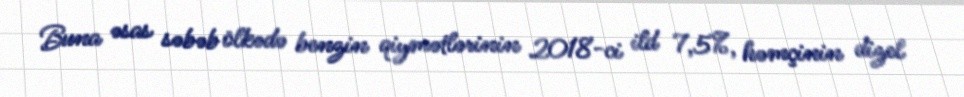
Buna əsas səbəb ölkədə benzin qiymətlərinin 2018-ci ild 7,5%, həmçinin dizel